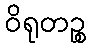
ဝိရုတဉ္စ